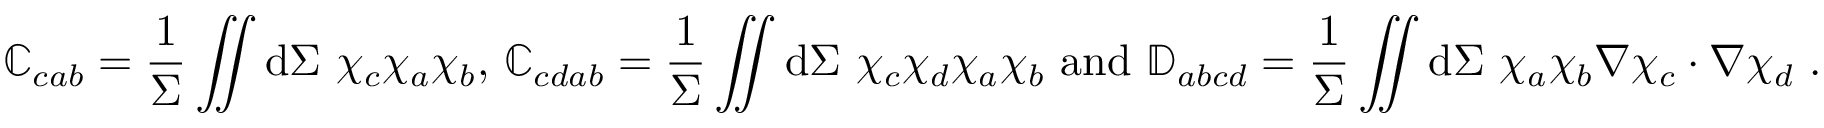
\mathbb { C } _ { c a b } = \frac { 1 } { \Sigma } \iint \mathrm { d } \Sigma ~ \chi _ { c } \chi _ { a } \chi _ { b } \mathrm { , ~ } \mathbb { C } _ { c d a b } = \frac { 1 } { \Sigma } \iint \mathrm { d } \Sigma ~ \chi _ { c } \chi _ { d } \chi _ { a } \chi _ { b } \mathrm { ~ a n d ~ } \mathbb { D } _ { a b c d } = \frac { 1 } { \Sigma } \iint \mathrm { d } \Sigma ~ \chi _ { a } \chi _ { b } \nabla \chi _ { c } \cdot \nabla \chi _ { d } ~ .